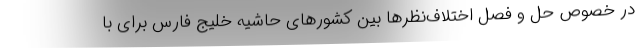
در خصوص حل و فصل اختلاف‌نظرها بین کشورهای حاشیه خلیج فارس برای با